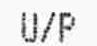
U/P